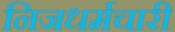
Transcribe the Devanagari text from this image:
निजधर्मचारी